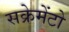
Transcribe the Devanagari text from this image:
सक्रेमेंटो